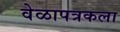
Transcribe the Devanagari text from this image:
वेळापत्रकला